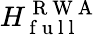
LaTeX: H_{\mathrm{~f~u~l~l~}}^{\mathrm{~R~W~A~}}